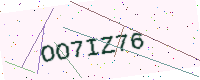
Text: OO7IZ76